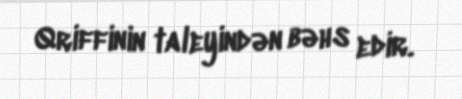
Qriffinin taleyindən bəhs edir.